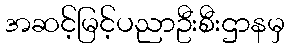
အဆင့်မြင့်ပညာဦးစီးဌာနမှ